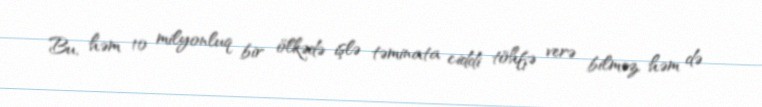
Bu, həm 10 milyonluq bir ölkədə işlə təminata ciddi töhfə verə bilməz, həm də